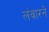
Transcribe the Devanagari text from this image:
लंवारने